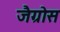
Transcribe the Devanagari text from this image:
जैग्रोस